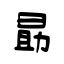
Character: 勗